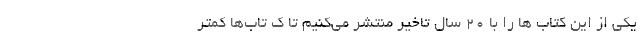
یکی از این کتاب ها را با ۲۰ سال تاخیر منتشر می‌کنیم تا ک تاب‌ها کمتر